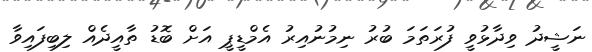
ނަޝީދު ވިދާޅުވީ ފުރަތަމަ ބުރު ނިމުނުއިރު އެމްޑީޕީ އަށް ބޮޑު ތާއީދެއް ލިބިފައިވާ